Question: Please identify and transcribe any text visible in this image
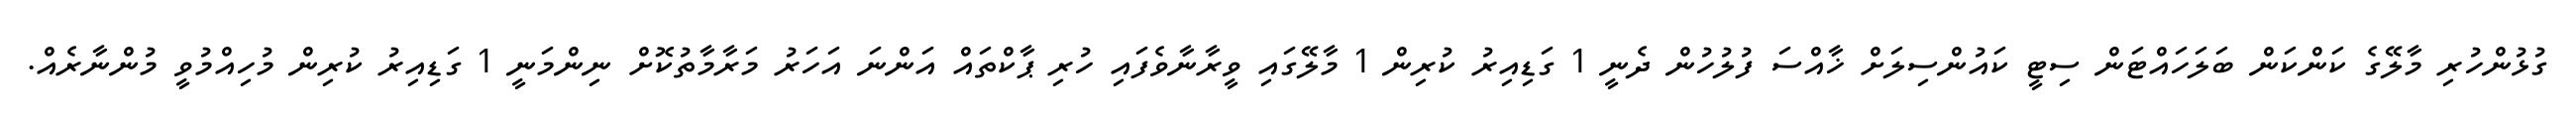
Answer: ގުޅުންހުރި މާލޭގެ ކަންކަން ބަލަހައްޓަން ސިޓީ ކައުންސިލަށް ޚާއްސަ ފުލުހުން ދެނީ 1 ގަޑިއިރު ކުރިން 1 މާލޭގައި ވީރާނާވެފައި ހުރި ޕާކްތައް އަންނަ އަހަރު މަރާމާތުކޮށް ނިންމަނީ 1 ގަޑިއިރު ކުރިން މުހިއްމުވީ މުންނާރެއް.